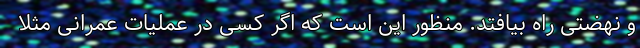
و نهضتی راه بیافتد. منظور این است که اگر کسی در عملیات عمرانی مثلا